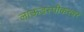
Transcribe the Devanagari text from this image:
लाऊडस्पीकरवर